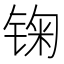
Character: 𲈈